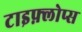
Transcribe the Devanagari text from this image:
टाइफ़्लोप्स